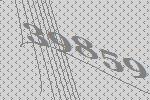
39859